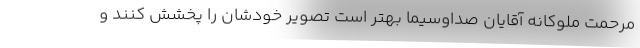
مرحمت ملوکانه آقایان صداوسیما بهتر است تصویر خودشان را پخشش کنند و